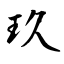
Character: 玖